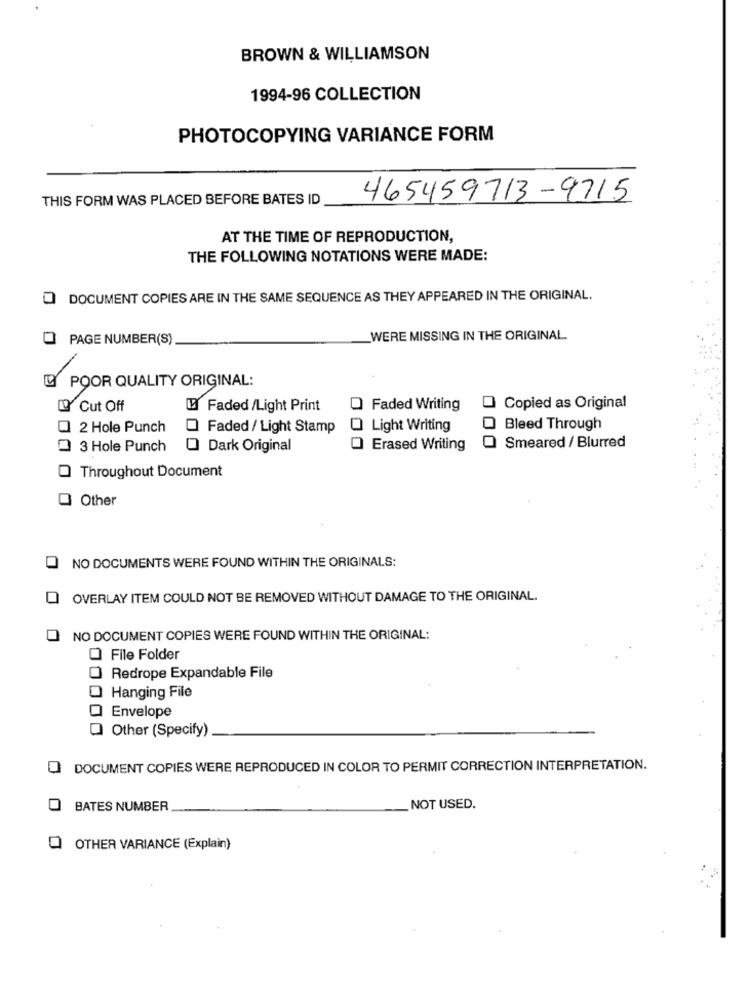
BROWN & WILLIAMSON
1994-96 COLLECTION
PHOTOCOPYING VARIANCE FORM
THIS FORM WAS PLACED BEFORE BATES ID
465459713-9715
AT THE TIME OF REPRODUCTION,
THE FOLLOWING NOTATIONS WERE MADE:
DOCUMENT COPIES ARE IN THE SAME SEQUENCE AS THEY APPEARED IN THE ORIGINAL.
O PAGE NUMBER(S)
WERE MISSING IN THE ORIGINAL.
POOR QUALITY ORIGINAL:
LO Cut Off
U Faded/Light Print
O Faded Writing
Copied as Original
2 Hole Punch
Faded / Light Stamp
Light Writing
Bleed Through
3 Hole Punch
Dark Original
Erased Writing
Smeared / Blurred
Throughout Document
Other
NO DOCUMENTS WERE FOUND WITHIN THE ORIGINALS:
OVERLAY ITEM COULD NOT BE REMOVED WITHOUT DAMAGE TO THE ORIGINAL.
NO DOCUMENT COPIES WERE FOUND WITHIN THE ORIGINAL:
O File Folder
0
Redrope Expandable File
Hanging File
Envelope
Other (Specify)
DOCUMENT COPIES WERE REPRODUCED IN COLOR TO PERMIT CORRECTION INTERPRETATION.
BATES NUMBER
NOT USED.
OTHER VARIANCE (Explain)